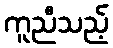
ကူညီသည့်